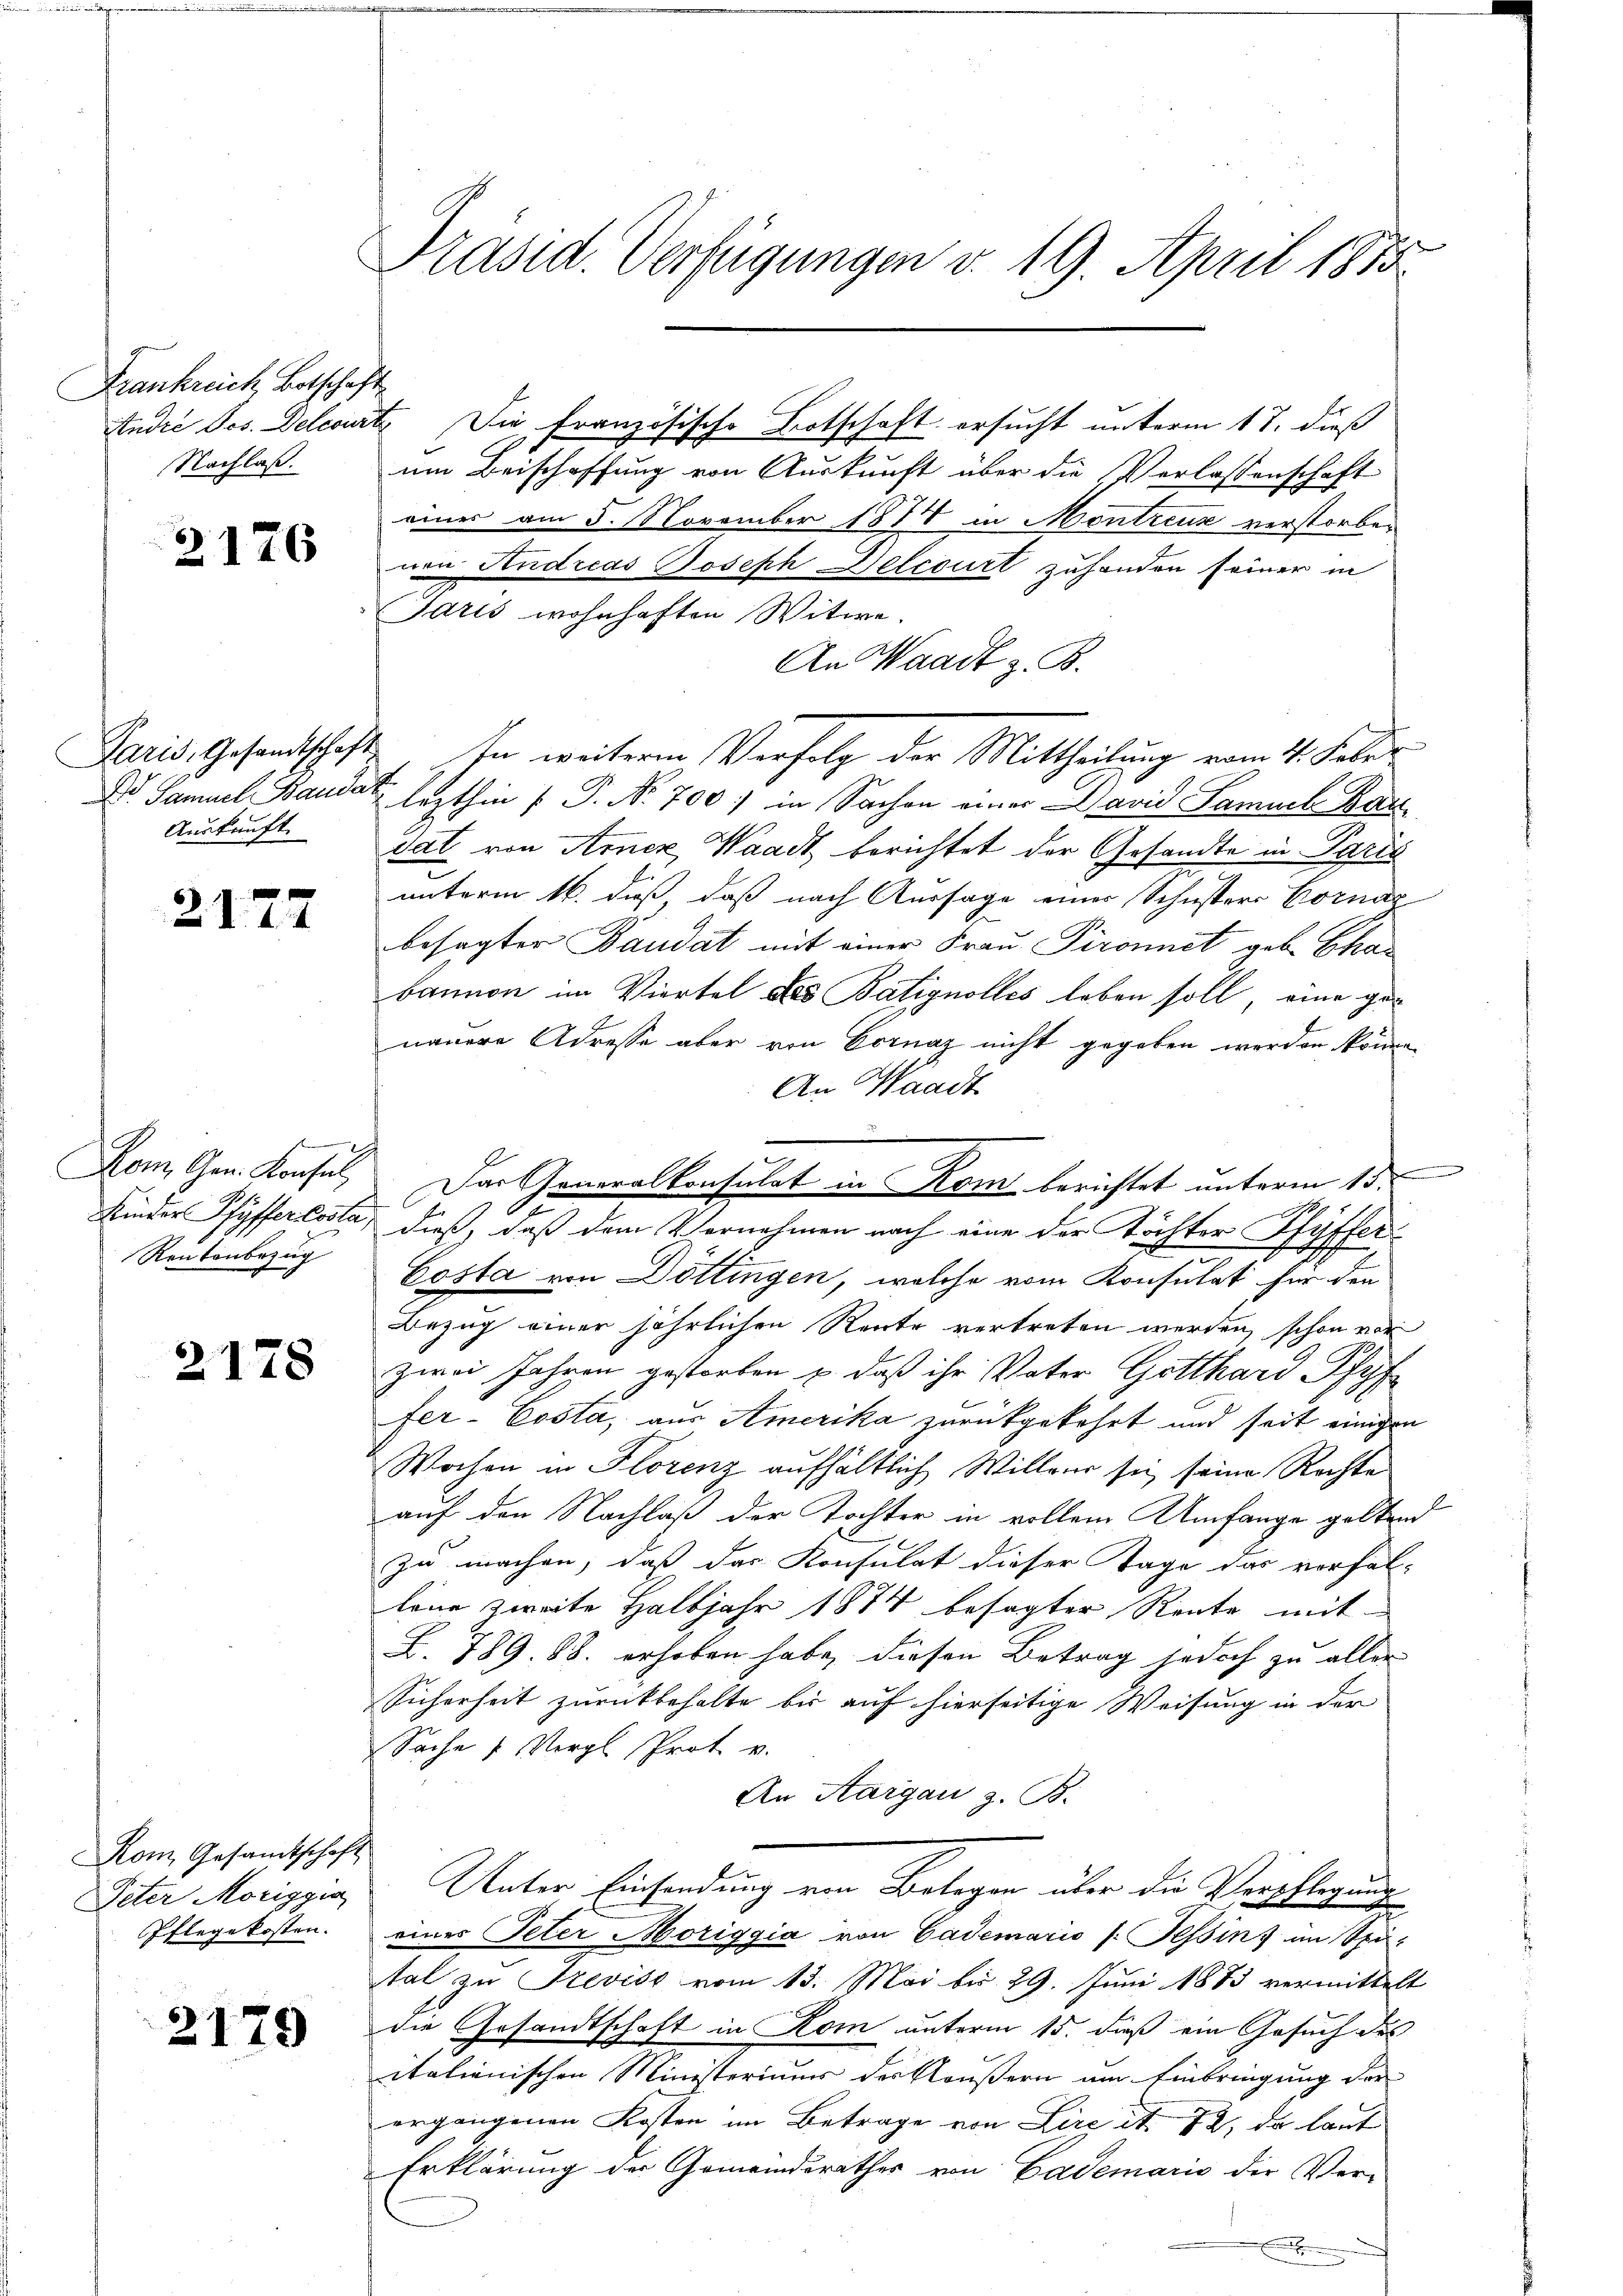
Frankreich, Botschaft
Nachlaß.

2176

Paris, Gesandtschaft
Auskunft.

2177

Vom Gen. Konsul
Kinder Pfyfferlosta,
Rontenbezug

2178

Rom Gesamtschaft
Peter Moriggia
Pflegekosten.

2179

Präsid. Verfügungen v. 19. April 1855.

um Beischaffung von Auskunft über die Verlassenschaft
eines am 5. November 1878 in Montreux verstorben
nen Andreas Joseph Delcourt zuhanden seiner in
Jaris wohnhaften Witwe.
An Waadt z. B.
In weiterem Verfolg der Mittheilung vom 11. Julir
D Samuel Baudat, lezthin ( P. Nr. 700) in Sachen einer avid Samml. Kandat von Amez Waadt berichtet der Gesandte in Paris
unterm 16. dieß, daß nach Aussage einer Schusters Bornac
besagter Baudat mit einer Frau Pironnet geb. Chabannen im Viertel des Batignolles leben soll, eine gen
nauere Adresse aber von Cornaz nicht gegeben werden könne.
An Waadt
Das Generalkonsulat in Kom berichtet unterm 15.
dieß, daß dem Vornehmen nach eine der Töchter Pfyffer
Costa von Döttingen, welche vom Konsulat für den
Bezug einer jährlichen Rente vertreten werden, schon vor
zwei Jahren gestorben u. daß ihr Vater Gotthard Pfyf
fer-Costa, aus Amerika zurückgekehrt und seit einigen
Wochen in Florenz aufhältlich Willeur sie seine Rechte
auf den Nachlaß der Tochter in vollem Umfange geltend
zu machen, daß das Konsulat dieser Tage das vorfal-
löne zweite Halbjahr 1874 besagter Rente mit
L. 789. 88. erhoben habe, diesen Betrag jedoch zu aller
Sicherheit zurückbehalte bis auf hierseitige Weisung in der
Sache 1 Vergl. Prot. v.
An Aargau z. B.
Unter Einsendung von Belegen über die Verpflegung
eines Peter Moriggia von Cademario (Tessin im Spital zu Treviss vom 13. Mai bis 29. Juni 1873 vermittelt
die Gesandtschaft in Rom unterm 15. dieß ein Gesuch des
italienischen Ministeriums des Kläußern am Einbringung der
ergangenen Kosten im Betrage von Lire it. 72, da laut
Erklärung der Gemeindsrathes von Cademaris der Ver-

Audić Jes. Delegirte Die französische Botschaft ersucht unterm 17. dieß